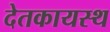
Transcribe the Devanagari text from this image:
देतकायस्थ